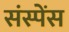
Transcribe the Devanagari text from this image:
संस्पेंस